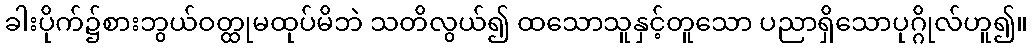
ခါးပိုက်၌စားဘွယ်ဝတ္ထုမထုပ်မိဘဲ သတိလွယ်၍ ထသောသူနှင့်တူသော ပညာရှိသောပုဂ္ဂိုလ်ဟူ၍။